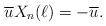
LaTeX: \begin{align*}\overline{u}X_n(\ell)=-\overline{u}.\end{align*}